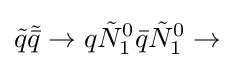
{\tilde {q}}{\tilde {\bar {q}}}\rightarrow q{\tilde {N}}_{1}^{0}{\bar {q}}{\tilde {N}}_{1}^{0}\rightarrow